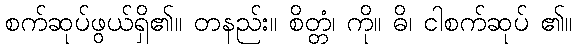
စက်ဆုပ်ဖွယ်ရှိ၏။ တနည်း။ စိတ္တံ၊ ကို။ ဓိ၊ ငါစက်ဆုပ် ၏။